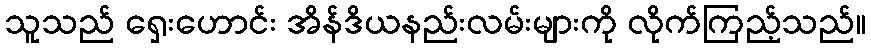
သူသည် ရှေးဟောင်း အိန်ဒိယနည်းလမ်းများကို လိုက်ကြည့်သည်။